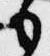
も